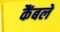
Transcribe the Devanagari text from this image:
कैंबले